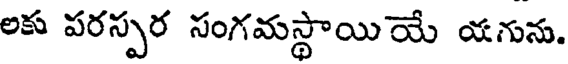
అకు పరస్పర సంగమస్థాయియే యగును.